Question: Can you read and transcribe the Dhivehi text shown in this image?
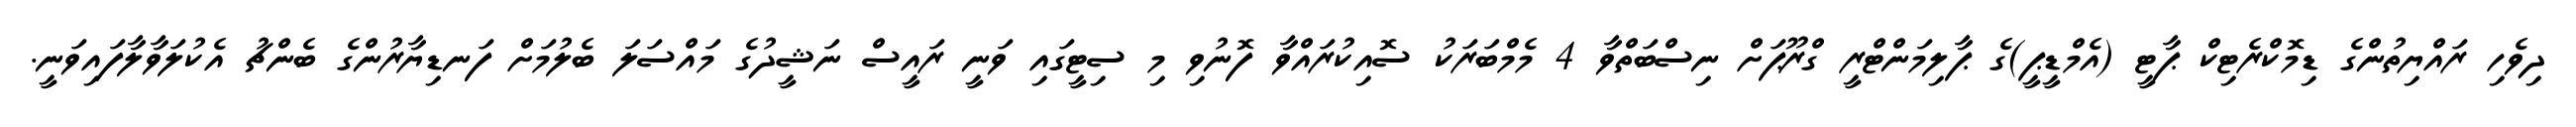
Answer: ދިވެހި ރައްޔިތުންގެ ޑިމޮކްރެޓިކް ޕާޓީ (އެމްޑީޕީ)ގެ ޕާލިމަންޓްރީ ގްރޫޕަށް ނިސްބަތްވާ 4 މެމްބަރަކު ސޮއިކުރައްވާ ފޮނުވި މި ސިޓީގައި ވަނީ ރައީސް ނަޝީދުގެ މައްސަލަ ބެލުމަށް ފަނޑިޔާރުންގެ ބެންޗު އެކުލަވާލާފައިވަނީ.